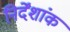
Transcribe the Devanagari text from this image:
निर्देंशांक